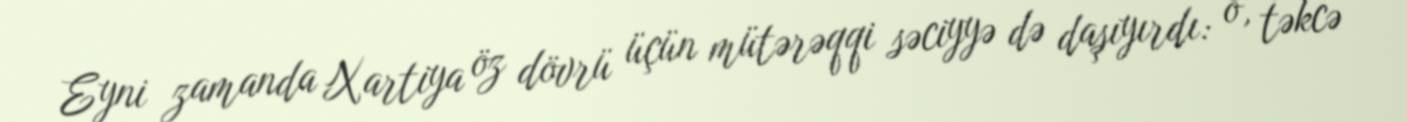
Eyni zamanda Xartiya öz dövrü üçün mütərəqqi səciyyə də daşıyırdı: o, təkcə